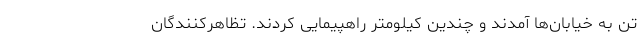
تن به خیابان‌ها آمدند و چندین کیلومتر راهپیمایی کردند. تظاهرکنندگان